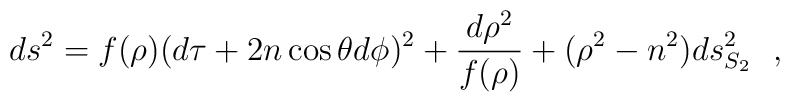
ds^2=f(\rho )(d\tau+2n\cos \theta d\phi )^2+{d\rho^2\over f(\rho )}+(\rho^2-n^2)ds^2_{S_2}~~,